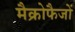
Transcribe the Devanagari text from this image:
मैक्रोफैजों